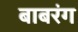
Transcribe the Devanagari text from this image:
बाबरंग